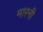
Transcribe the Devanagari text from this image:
मारनी